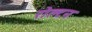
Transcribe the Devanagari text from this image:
रोल्टन